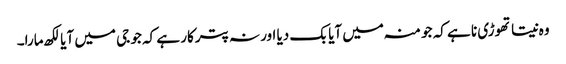
وہ نیتا تھوڑی نا ہے کہ جو منہ میں آیا بک دیا اور نہ پترکار ہے کہ جو جی میں آیا لکھ مارا۔